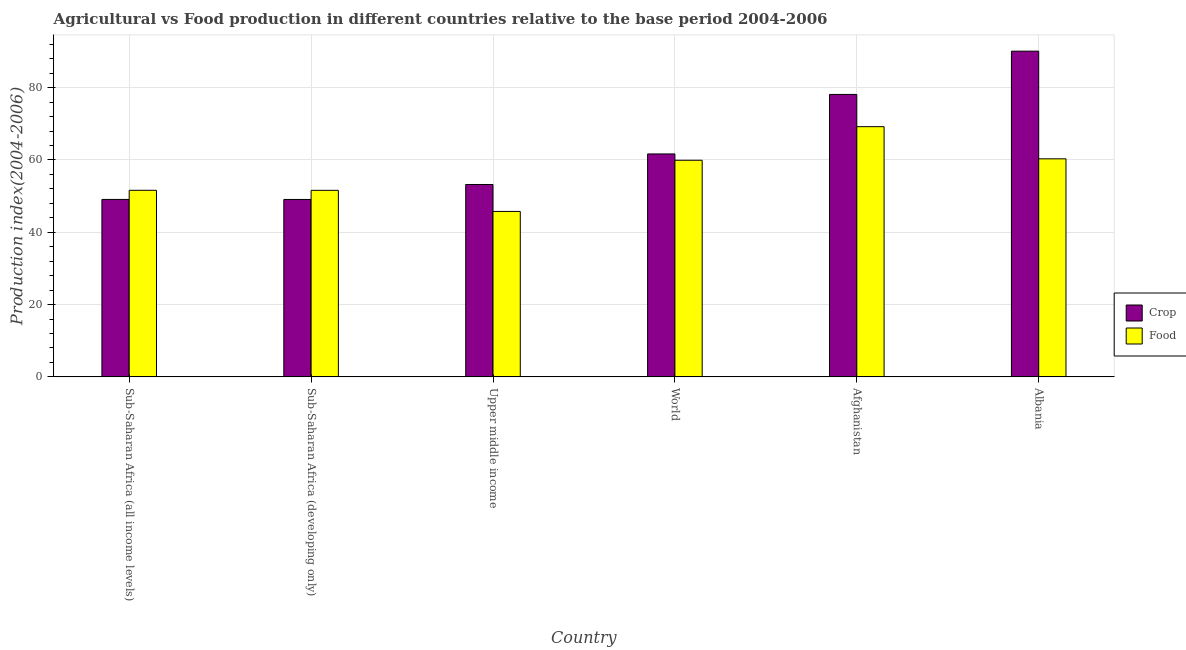
| Country | Crop | Food |
 | --- | --- | --- |
 | Sub-Saharan Africa (all income levels) | 49.1 | 51.6 |
 | Sub-Saharan Africa (developing only) | 49.1 | 51.6 |
 | Upper middle income | 53.2 | 45.8 |
 | World | 61.7 | 59.9 |
 | Afghanistan | 78.1 | 69.2 |
 | Albania | 90.1 | 60.3 |